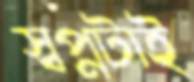
স্বপ্নটাই